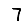
Digit: 7